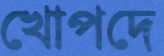
খোপদে